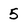
Character: 5